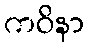
ကဝိနာ